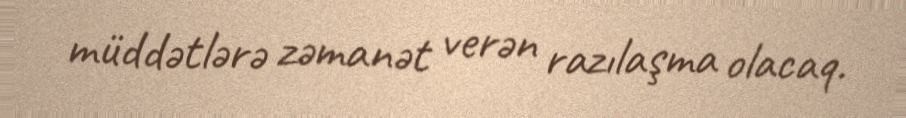
müddətlərə zəmanət verən razılaşma olacaq.